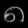
Digit: ၈